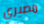
مصيري